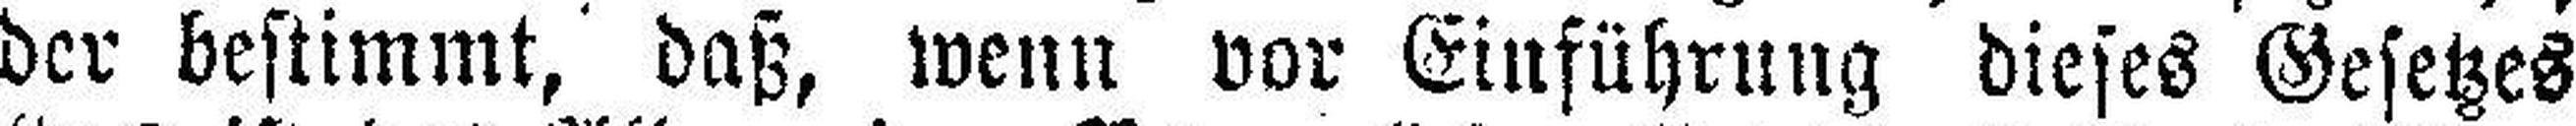
der bestimmt, daß, wenn vor Einführung dieses Gesetzes